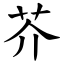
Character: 芥